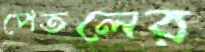
পেতলের